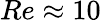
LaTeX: Re\approx 10